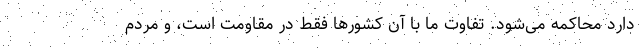
دارد محاکمه می‌شود. تفاوت ما با آن کشورها فقط در مقاومت است، و مردم